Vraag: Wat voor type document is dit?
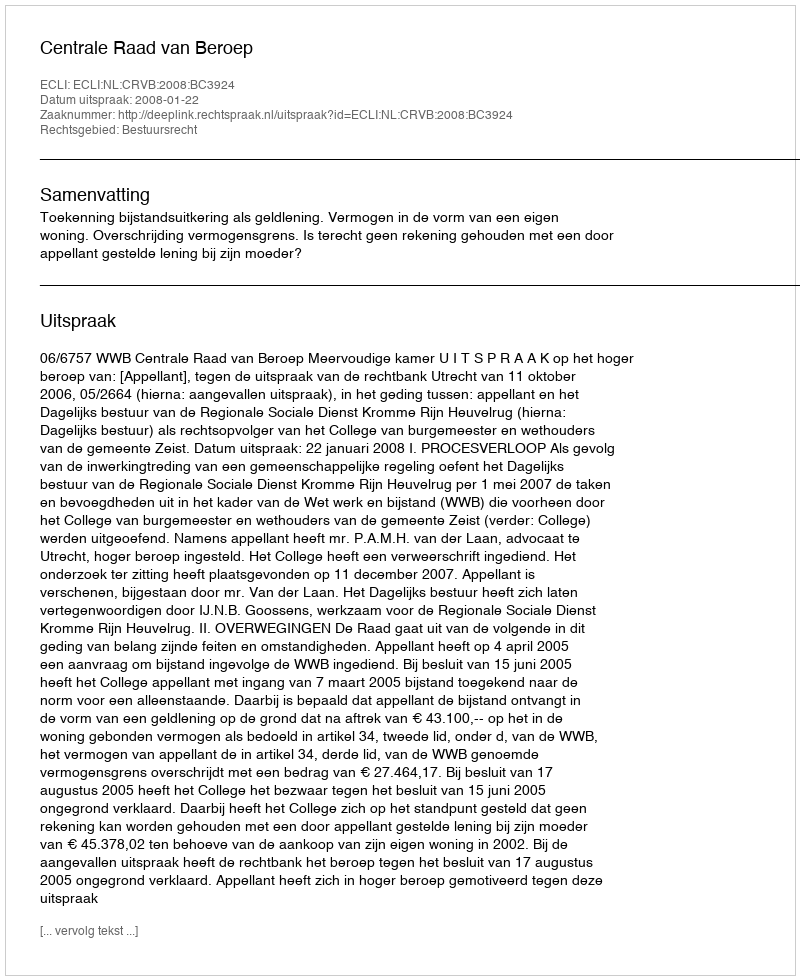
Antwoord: Uitspraak